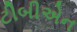
ટીબીએન